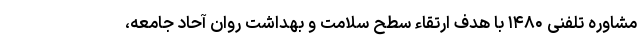
مشاوره تلفنی ۱۴۸۰ با هدف ارتقاء سطح سلامت و بهداشت روان آحاد جامعه،